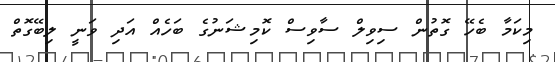
މިކަމާ ބެހޭ ގޮތުން ސިވިލް ސާވިސް ކޮމިޝަނުގެ ބަހެއް އަދި ވަނީ ލިބޭގޮތް